Suure-Kopu_vallavalitsus, lk 68
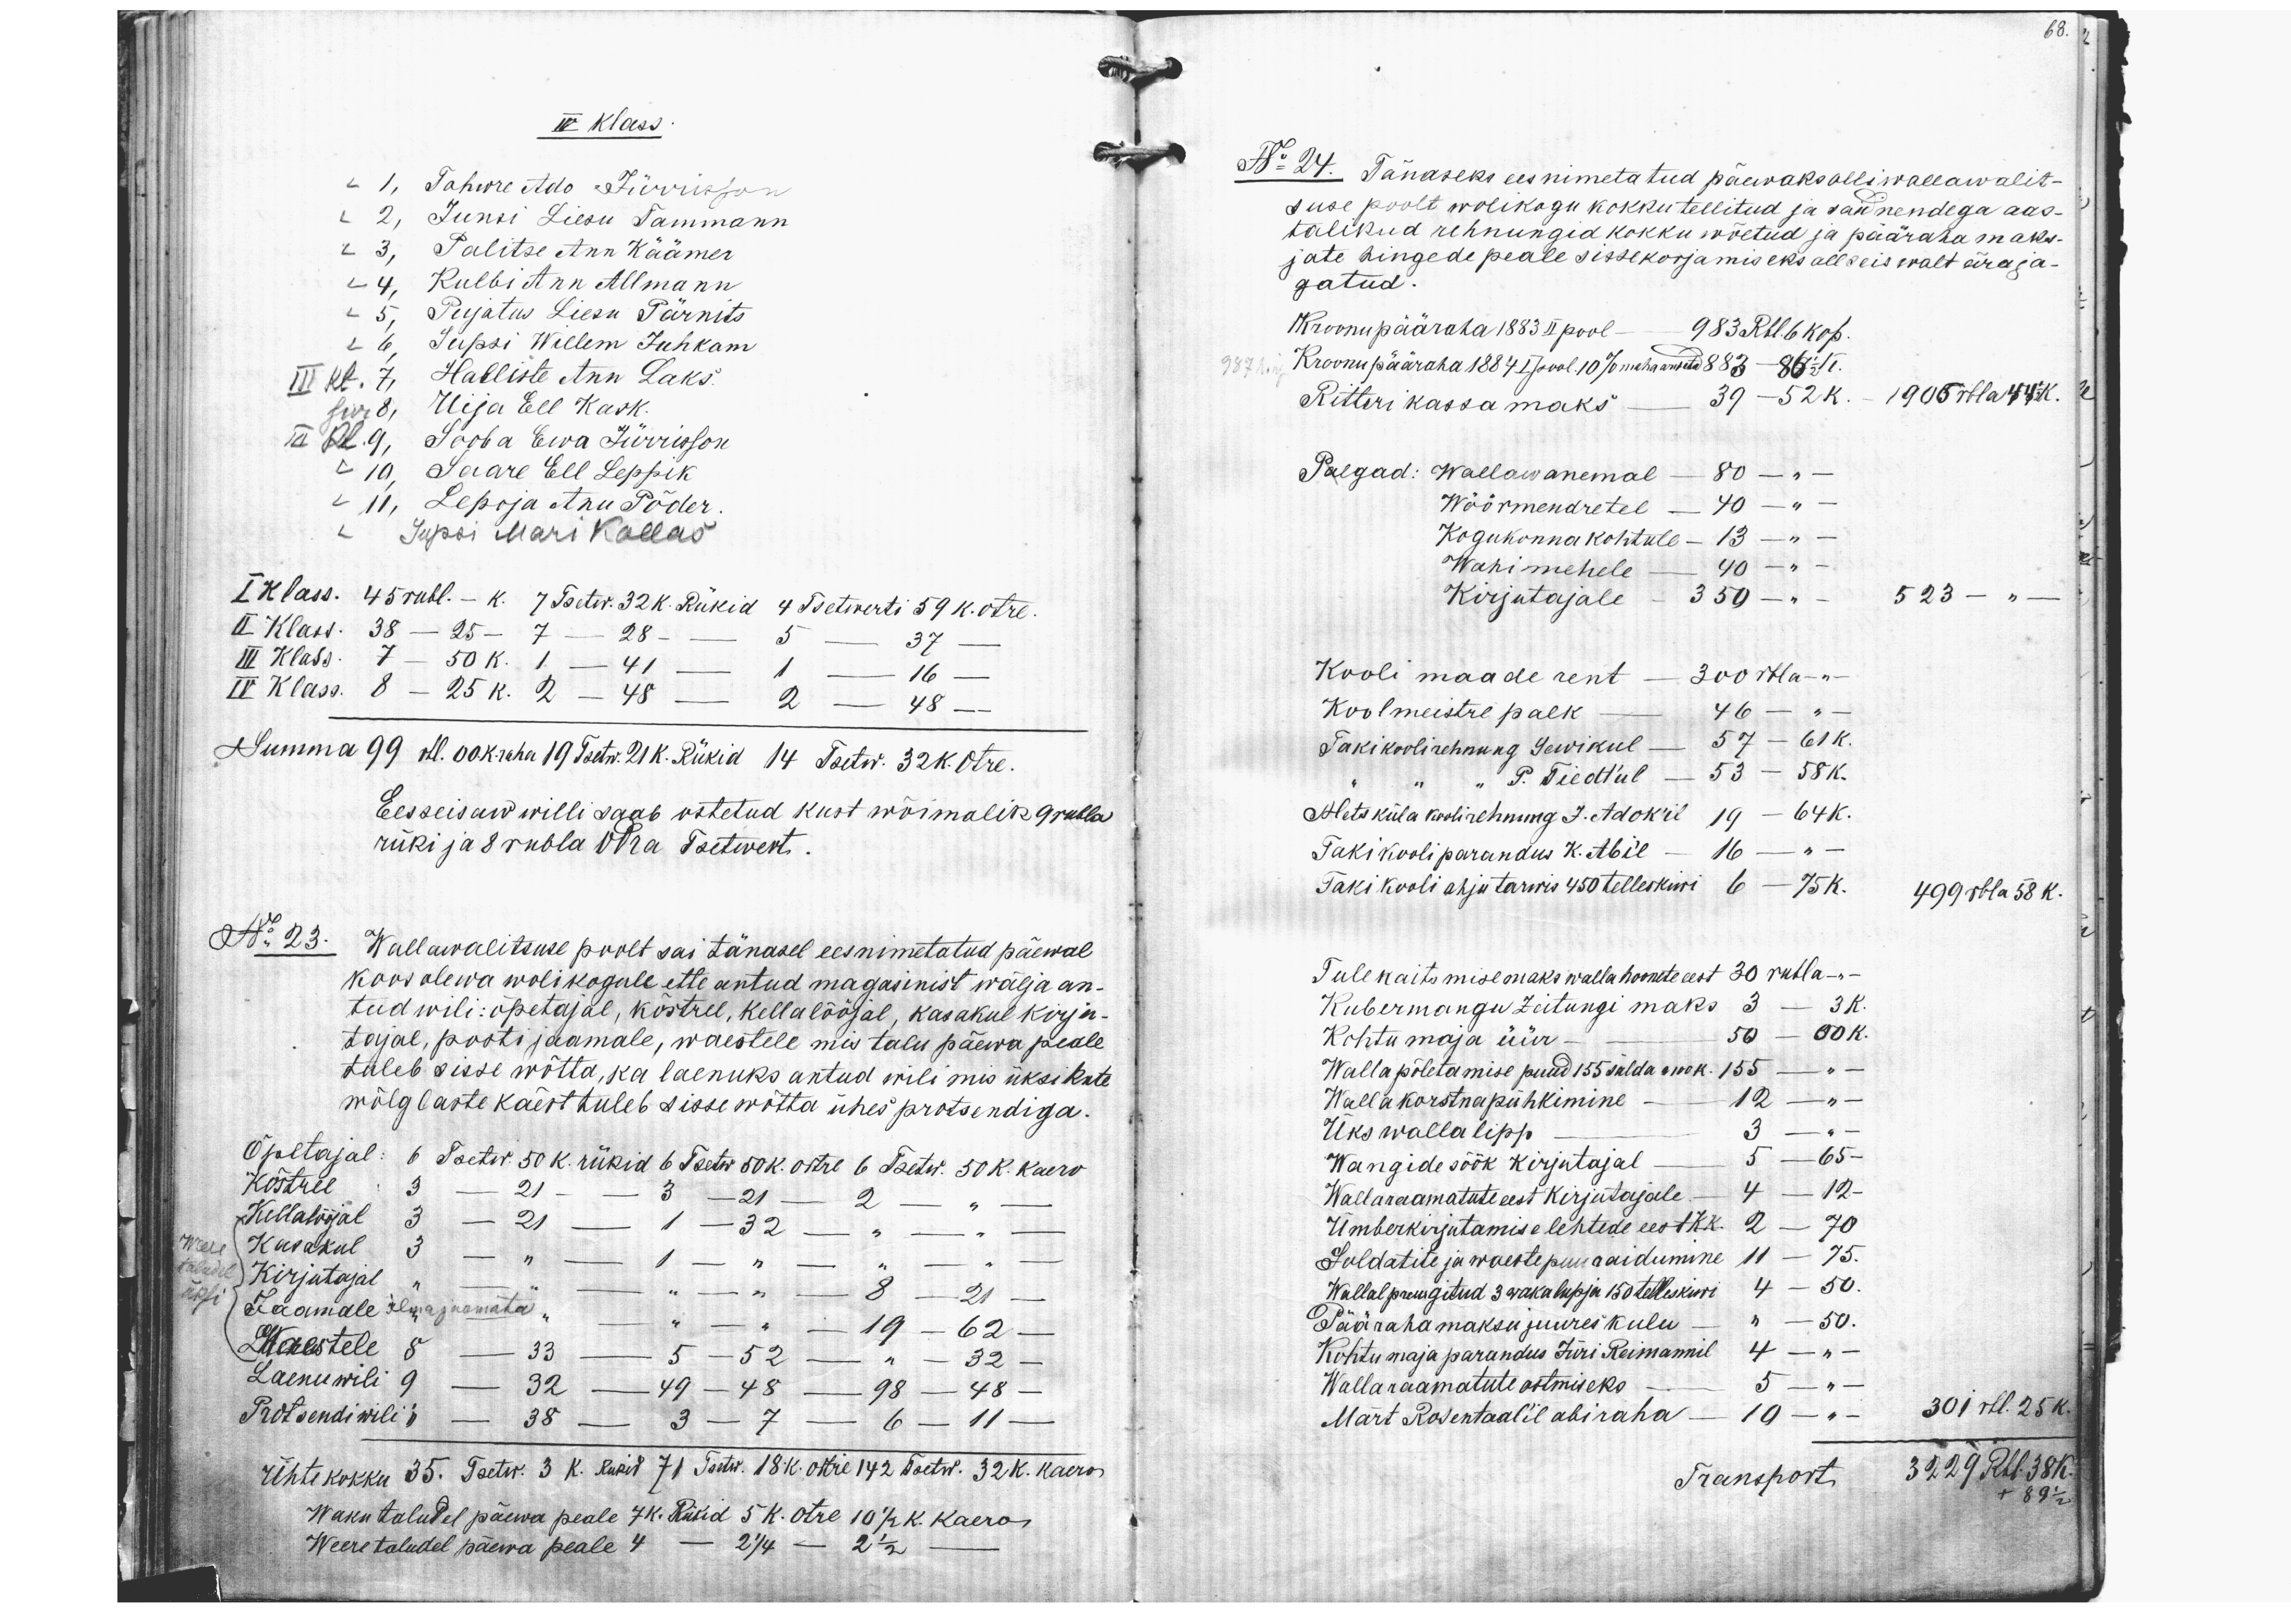
68.

IV Klass
L 1, Tahwre Ado Jürrisson
L 2, Junsi Liesu Tammann
L 3, Palitse Ann Käämer
L 4, Kulbi Ann Allmann
L 5, Pujatus Liesu Pärnits
L 6, Supsi Willem Juhkam
III kl. 7, Halliste Ann Laks.
sur 8, Uija Ell Kask.
III kl 9, Sooba Ewa Jürrisson
L 10, Saare Ell Leppik
L 11, Lepoja Anu Põder
L Supsi Mari Kallas
I klass. 45 rubl. - k. 7 Tsetw. 32 K. Rükid 4 Tsetwerti 59 K. otre.
II Klass. 38 - 25 - 7 - 28 - - 5 - 37 -
II Klass. 38 - 25 - 7 - 28 - - 5 - 37 -
III klass. 7 - 50 K. 1 - 41 - 1 - 16 -
IV Klass. 8 - 25 K. 2 - 48 - 2 - 48 -
Summa 99 rbl.00 K- raha 19 Tsetw 21 K. Rükid 14 Tsetw. 32K. Otre.
Eesseisaw willi saab ostetud kust wõimalik 9 rubla
rüki ja 8 rubla odra Tsetwert.
No 23. Wallawalitsuse poolt sai tänasel eesnimetatud päewal
koos olewa wolikogule ette antud magasinist wälja an-
tud wili: õpetajal, köstrel, kellalööjal, kasakul kirju-
tajal, posti jaamale, waestele mis talu päewa peale
tuleb sisse wõtta, ka laenuks antud wili mis üksikute
wõlglaste käest tuleb sisse wõtta ühes protsendiga.
Õpetajal: 6 Tsetw. 50 K. rükid 6 Tsetw 50 K. otre 6 Tsetw. 50 K. Kaero
Köstrel 3 - 21 - 3 -21 - 2 - " -
Kellalööjal 3 - 21 - 1 -32 - " -
Weere
Kasakul 3 - "  - 1 - " -  " -  " -
taludel
Kirjutajal " - " -  " -  " - 8 - 21 -
üksi
ilma jaamata
Jaamale "  - " -  " -  " - 19 -62 -
Waestele 8 - 33 - 5 - 52 - " - 32 -
Laenuwili 9 - 32 - 49 - 48 - 98 - 48 -
Protsendi wili " - 38 - 3 - 7 - 6 - 11 -
Ühte kokku 35. Tsetw. 3 K. Rukid 71 Tsetw. 18 K. otre 142 Tsetw. 32 k. Kaero
Waku taludel päewa peale 7 k. Rükid 5 k. Otre 10 h. k. Kaero
Weere taludel päewa peale 4 - 2 1/4 - 2 1/2

Nr 24. Tänaseks ees nimetatud päewaks olli wallawalit-
suse poolt wolikogu kokku tellitud ja said nendega aas-
talikud rehnungid kokku wõetud ja pääraha maks-
jate hingede peale sissekorjamiseks all seiswalt ära ja-
gatud.
Kroonupääraha 1883 II pool - 983 Rbl. 6 kop.
987 hing
Kroonu pääraha 1884 I pool. 10% maha arvata 883 - 86 1/2 K.
Ritteri kassa maks - 39 -52 K. - 1906 rbla 44K.
Palgad: Wallawanemal - 80 - "-
Wöörmendretel - 40 - " -
Kogukonna kohtule - 13 - " -
Wahimehele - 40 - " -
Kirjutajale - 350 - " - 523 - " -
Kooli maade rent - 300 rbl  - " -
Koolmeistre palk - 46 - " -
Taki kooli rehnung Sewikul - 57 - 61 K.
" " " P. Tiedt'ul - 53 - 58 K.
Metsküla koolirehnung J. Adok'il 19 - 64 K.
Taki kooli parandus K. Abi'l - 16 - "  -
Taki kooli ahju tarwis 450 telleskiwi 6 - 75 K.
499 rbla 58 K.
Tule kaitsmise maks walla hoonete eest 30 rubla - " -
Kubermangu Zeitungi maks 3 - 3 K.
Kohtu maja üür - 50 - 00 K.
Walla põletamise puud 155 sülda a 100 K. 155 - " -
Walla korstna pühkimine - 12 - " -
Üks wallalipp - 3 - " -
Wangide söök kirjutajal - 5 - 65 -
Wallaraamatute eest kirjutajale - 4 - 12 -
Ümberkirjutamise lehtede eest KK. 2 - 70
Soldatite ja waeste puuraidumine 11 - 75.
Wallal pruugitud 3 waka lupja 150 telleskiwi 4 - 50.
Päärahamaksu juures kulu - " - 50.
Kohtu maja parandus Jüri Reimannil 4 - " -
Wallaraamatute ostmiseks - 5 - " -
Märt Rosentaal'il abiraha - 10 - " - 301 rbl. 25 K.
Transport 3229 Rbl 38K.
+ 89 1/2